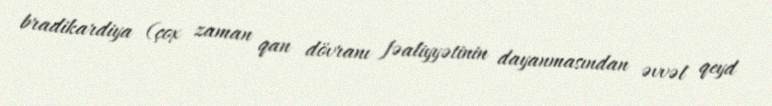
bradikardiya (çox zaman qan dövranı fəaliyyətinin dayanmasından əvvəl qeyd